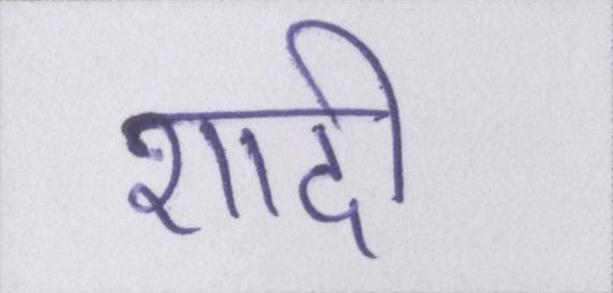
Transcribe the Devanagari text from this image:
शादी